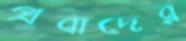
প্রবাদের